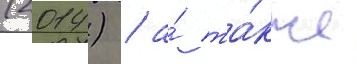
(2014) / а́ та́кже